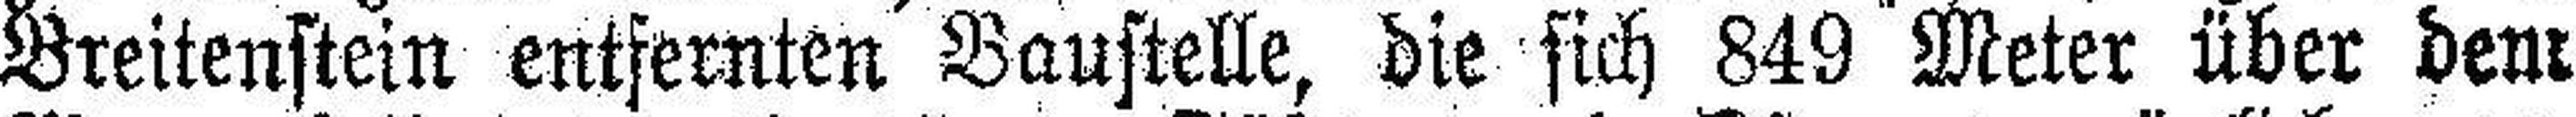
Breitenstein entfernten Baustelle, die sich 849 Meter über dem